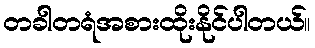
တခါတရံအစားထိုးနိုင်ပါတယ်။